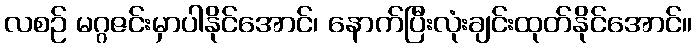
လစဉ် မဂ္ဂဇင်းမှာပါနိုင်အောင်၊ နောက်ပြီးလုံးချင်းထုတ်နိုင်အောင်။